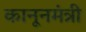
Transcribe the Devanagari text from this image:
कानूनमंत्री